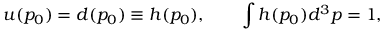
u ( p _ { 0 } ) = d ( p _ { 0 } ) \equiv h ( p _ { 0 } ) , \qquad \int h ( p _ { 0 } ) d ^ { 3 } p = 1 ,